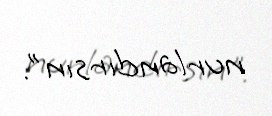
nurlandırsın".